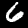
Label: 6